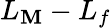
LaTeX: L_{\mathbf{M}}-L_{f}